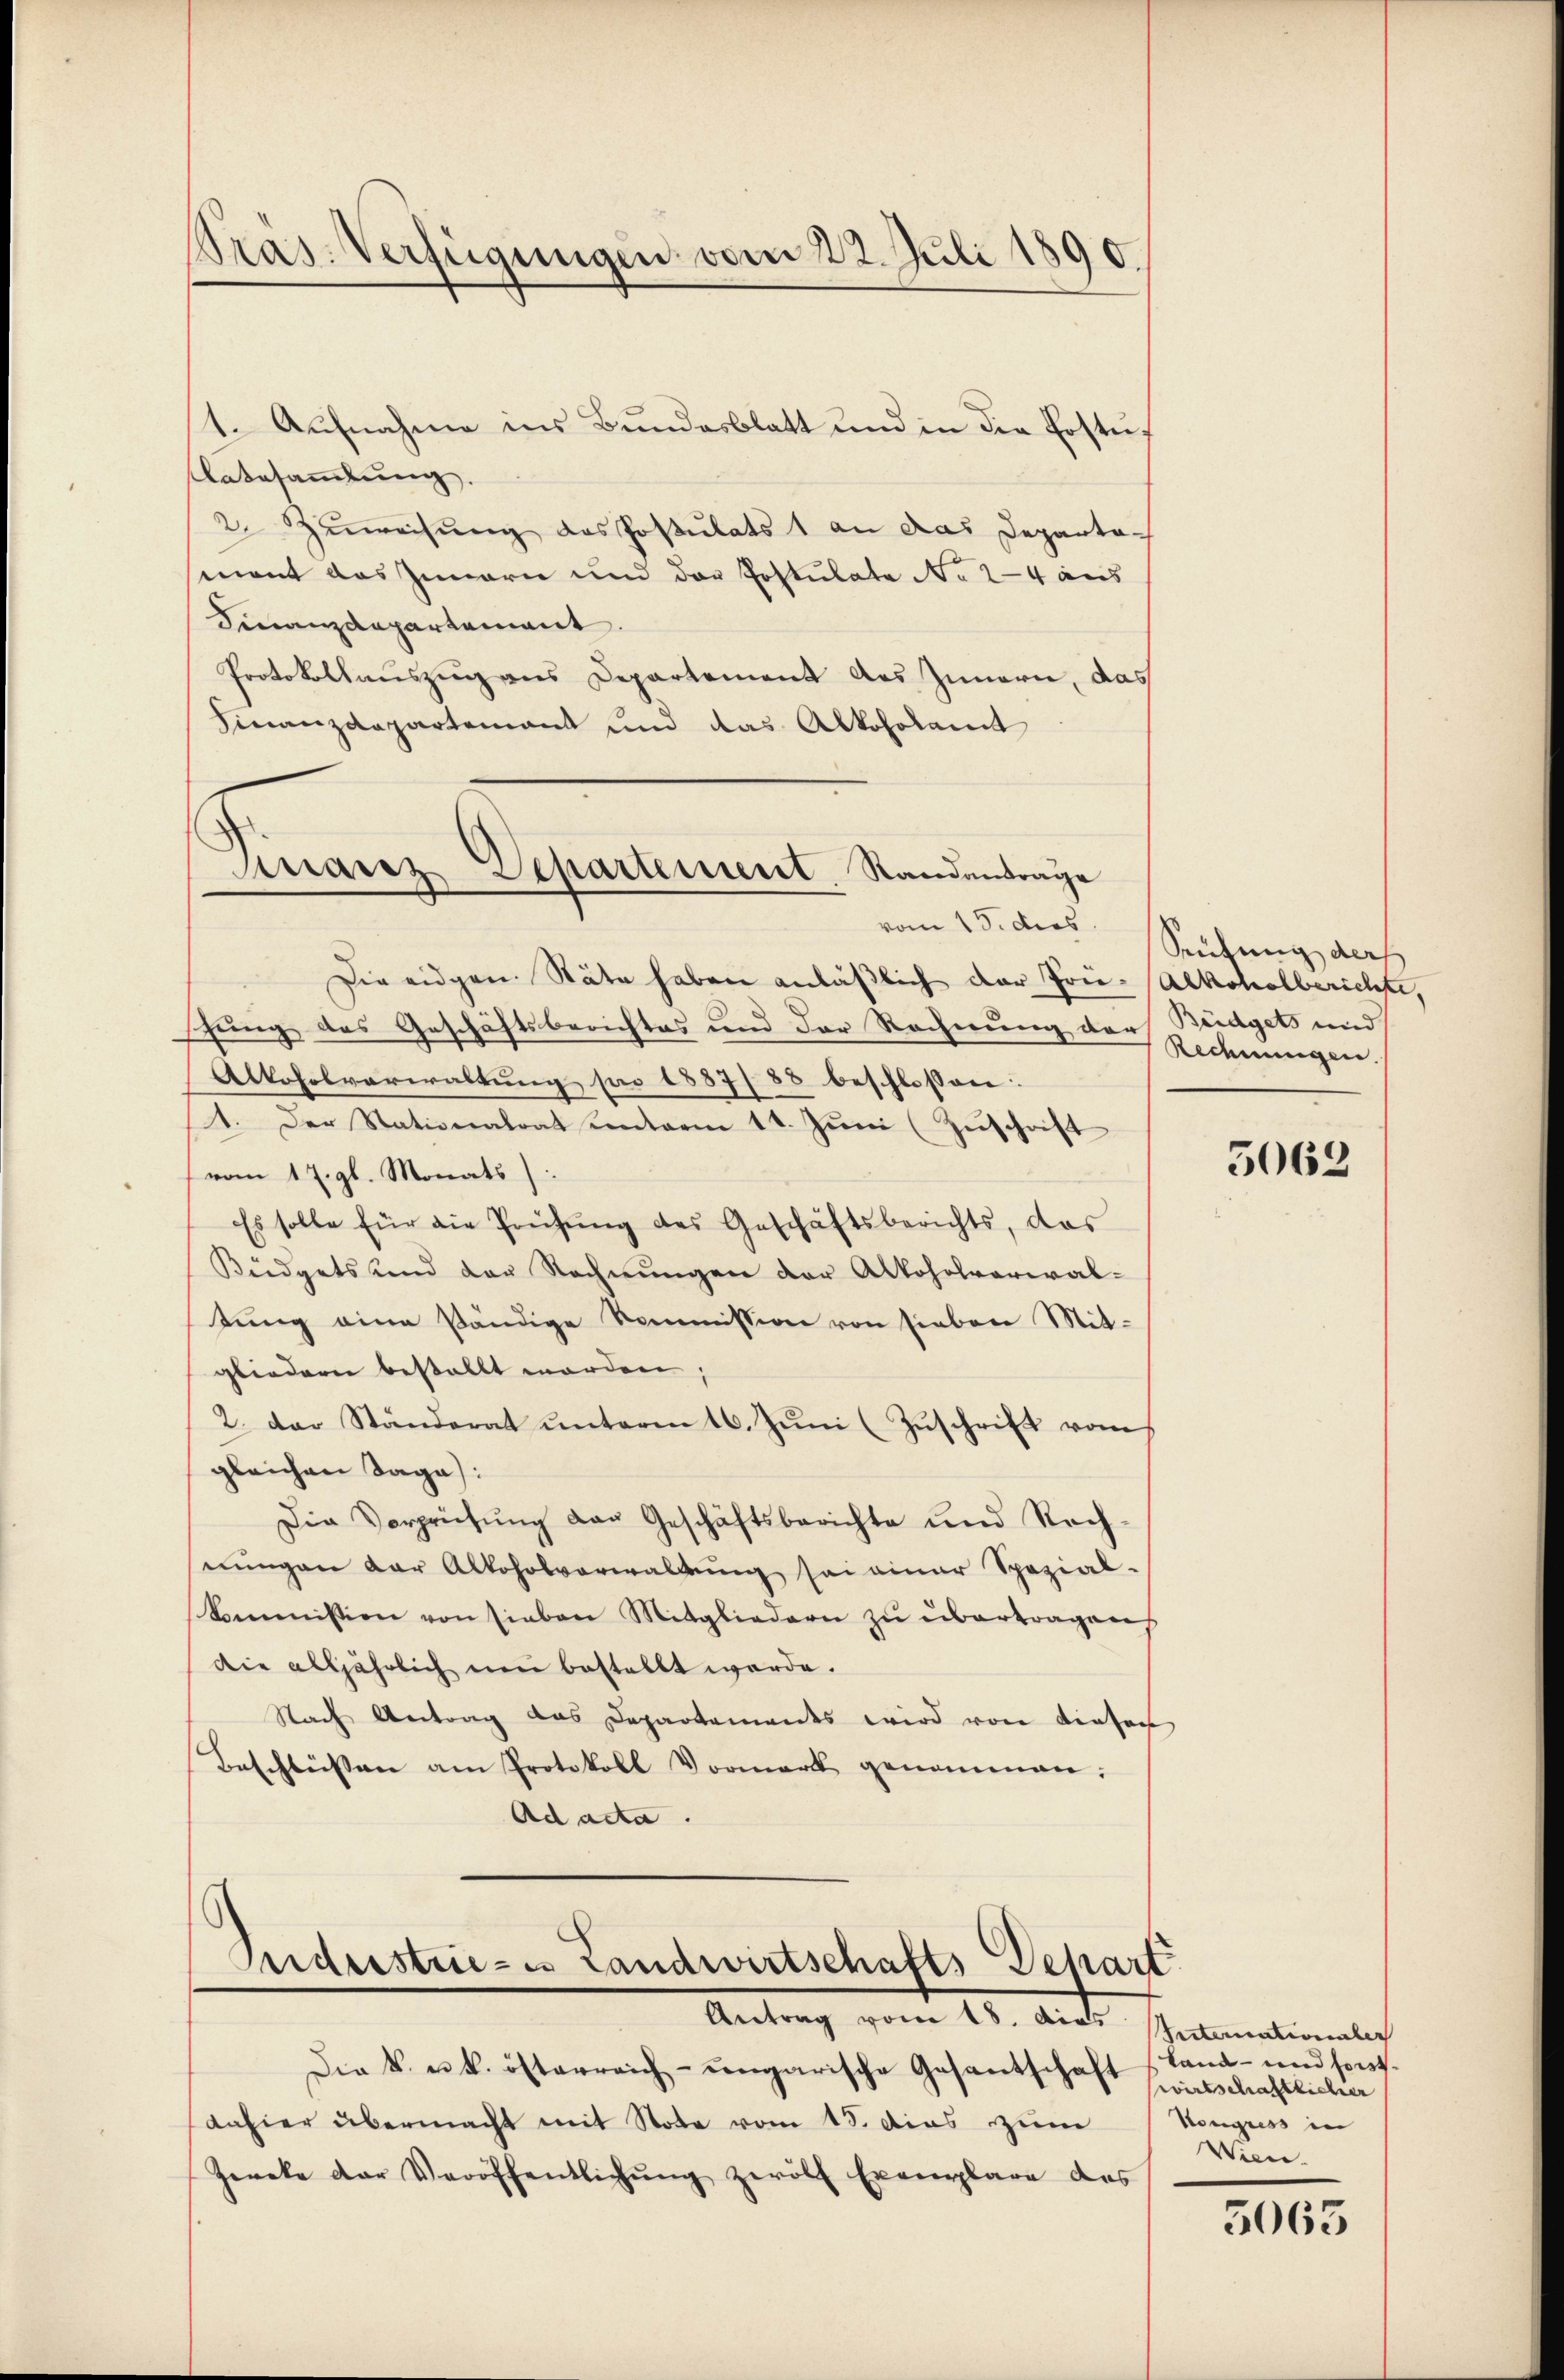
Präs. Verfügungen vom 22. Juli 1890.

1. Aufnahme ins Bundesblatt und in die Erstuf
Aabesammlung.
2 Zuweisung des Postulats 1 an das Departemant das Innern und der Postulate No 24 aus
Finanzdepartement
Protokollauszug aus Departement des Innern, das
Finanzdepartement und das Alkoholamt
vom 13. dies
Die eidgen. Stäte haben anläβlich der Frie-Alkoholberichte,
hung des Geschäftsberichtes und der Rechnung der Budgets und
Alkoholverwaltung pro 1887/ 88 beschlossen:
1. Der Stationalrat unterm 11. Juni (Zuschrift
vom 17. gl. Monats
Es solle für die Prüfŭng des Geschäftsberichts, das
Büdgets und der Rechnungen der Alkoholverwal-
tung eine ständige Kommission von sieben Mit-
gliedern bestallt worden,
2. der Ständerat ŭnterm 16. Jŭni (Zŭschrift vom
gleichen Tage:
Die Verprüfŭng der Geschäftsberichte und Rech-
snungen der Alkoholverwaldung sei einer Spezial-
Commission von sieben Mitgliedern zŭ übertragens
die alljährlich neu bestellt werde.
Nach Antrag das Departamandes wird von dieser
Beschlüssen am Protokoll Vormerk genommen:
Ad acta.

Finanz Departement. Randantrage

Inderstrie- es Landwirtschafts Depart
Antrag vom 18. Das Automationaler

Die k. u. k. österreich-ungarische Gesantschaft hatschaftlicher
dahier übermacht mit Note vom 13. das zum
Zweke der Veröffentlichŭng zwölf Exemplare des

Seufung ders
Rechnungen.

5069

Land- und forst
Kongress in
Wien.

5065